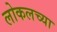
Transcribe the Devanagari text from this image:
लोकलच्या